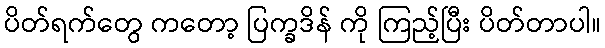
ပိတ်ရက်တွေ ကတော့ ပြက္ခဒိန် ကို ကြည့်ပြီး ပိတ်တာပါ။